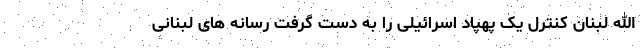
الله لبنان کنترل یک پهپاد اسرائیلی را به دست گرفت رسانه های لبنانی